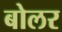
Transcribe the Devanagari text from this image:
बोलर